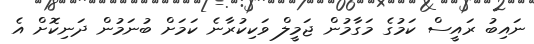
ނައިބު ރައީސް ކަމުގެ މަގާމުން ޖަމީލް ވަކިކުރާނެ ކަމަށް ބުނަމުން ދަނިކޮށް އެ